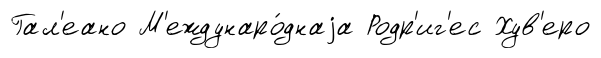
Гал'еано М'еждунаро́днаjа Родр'иг'ес Хув'еро